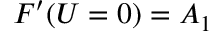
F ^ { \prime } ( U = 0 ) = A _ { 1 }